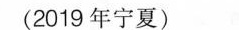
(2019年宁夏)